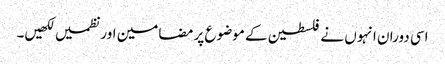
اسی دوران انہوں نے فلسطین کے موضوع پر مضامین اور نظمیں لکھیں۔